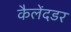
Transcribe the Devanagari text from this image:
कैलेंदडर